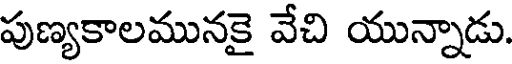
పుణ్యకాలమునకై వేచి యున్నాడు.